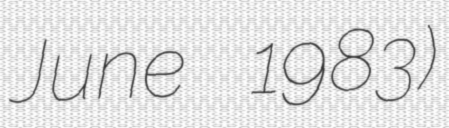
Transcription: June 1983)